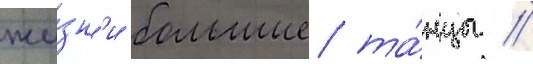
жи́зн'и большие та́нцы //